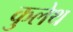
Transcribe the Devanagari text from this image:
कुलेथ